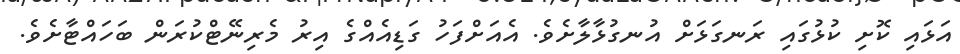
އަޅައި ކޮށި ކުޅުގައި ރަނގަޅަށް އުނގުޅާލާށެވެ. އެއަށްފަހު ގަޑިއެއްގެ އިރު މެރިނޭޓްކުރަން ބަހައްޓާށެވެ.